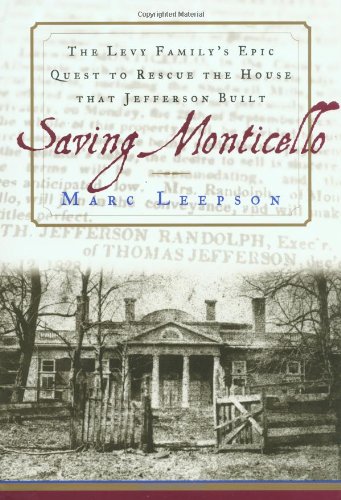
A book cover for Saving Monticello: The Levy Family's Epic Quest to Rescue the House that Jefferson Built; Marc Leepson; Arts & Photography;